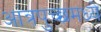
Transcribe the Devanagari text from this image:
आंत्रपुच्छमध्ये